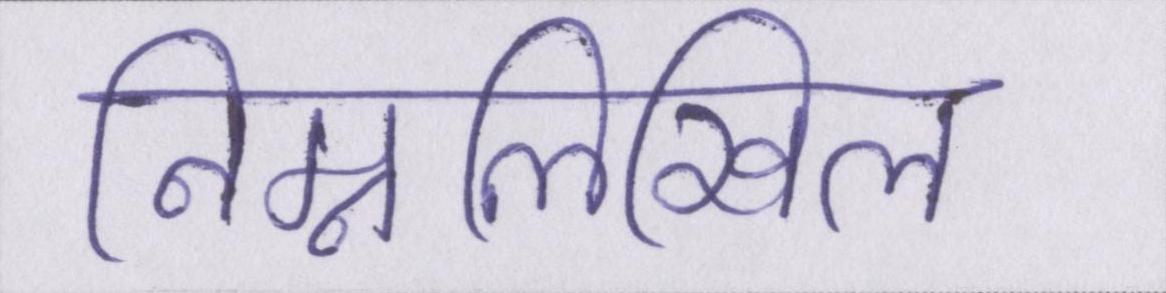
निम्नलिखिल